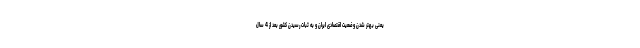
یعنی بهتر شدن وضعیت اقتصادی ایران و به ثبات رسیدن کشور بعد از 4 سال